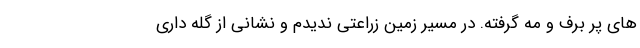
های پر برف و مه گرفته. در مسیر زمین زراعتی ندیدم و نشانی از گله داری